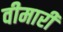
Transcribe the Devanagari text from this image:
वीमारी